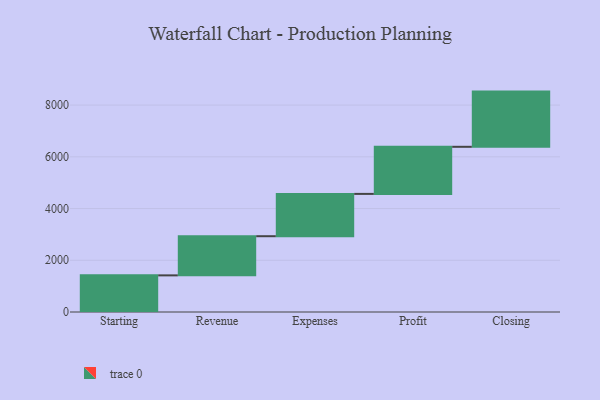
{"axis": {"x": "Step", "y": "Value"}, "legend": [""], "data": [{"x": "Starting", "y": 1416.0, "type": ""}, {"x": "Revenue", "y": 1514.0, "type": ""}, {"x": "Expenses", "y": 1636.0, "type": ""}, {"x": "Profit", "y": 1821.0, "type": ""}, {"x": "Closing", "y": 2134.0, "type": ""}]}